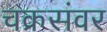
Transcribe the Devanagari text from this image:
चक्रसंवर